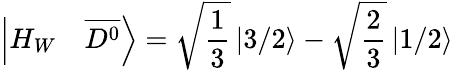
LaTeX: \left|H_{W}\quad\overline{{{D^{0}}}}\right\rangle=\sqrt{\frac{1}{3}}\left|3/2\right\rangle-\sqrt{\frac{2}{3}}\left|1/2\right\rangle